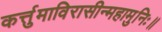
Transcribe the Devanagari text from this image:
कर्त्तुमाविरासीन्महामुनिः॥